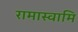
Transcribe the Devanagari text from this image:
रामास्वामि